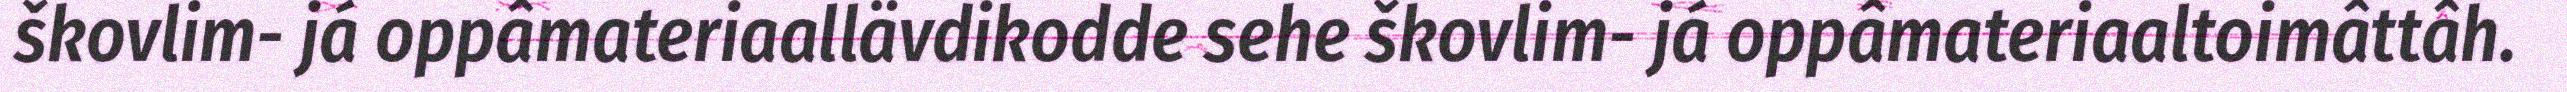
škovlim- já oppâmateriaallävdikodde sehe škovlim- já oppâmateriaaltoimâttâh.